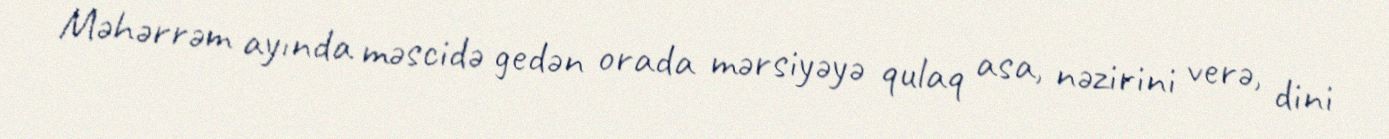
Məhərrəm ayında məscidə gedən orada mərsiyəyə qulaq asa, nəzirini verə, dini